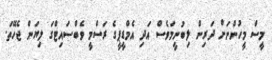
މީސް މީހުންނަށް ދަރިން ލިބުނީމަވެސް އަދި އެމްޑީޕީގެ ރަސްމީ ވެބްސައިޓްގަ ލިޔަން ޖެހޭތަ.